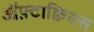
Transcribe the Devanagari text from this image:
ऑफ़्टाक्विक्स